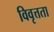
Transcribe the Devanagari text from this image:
विवृत्तता